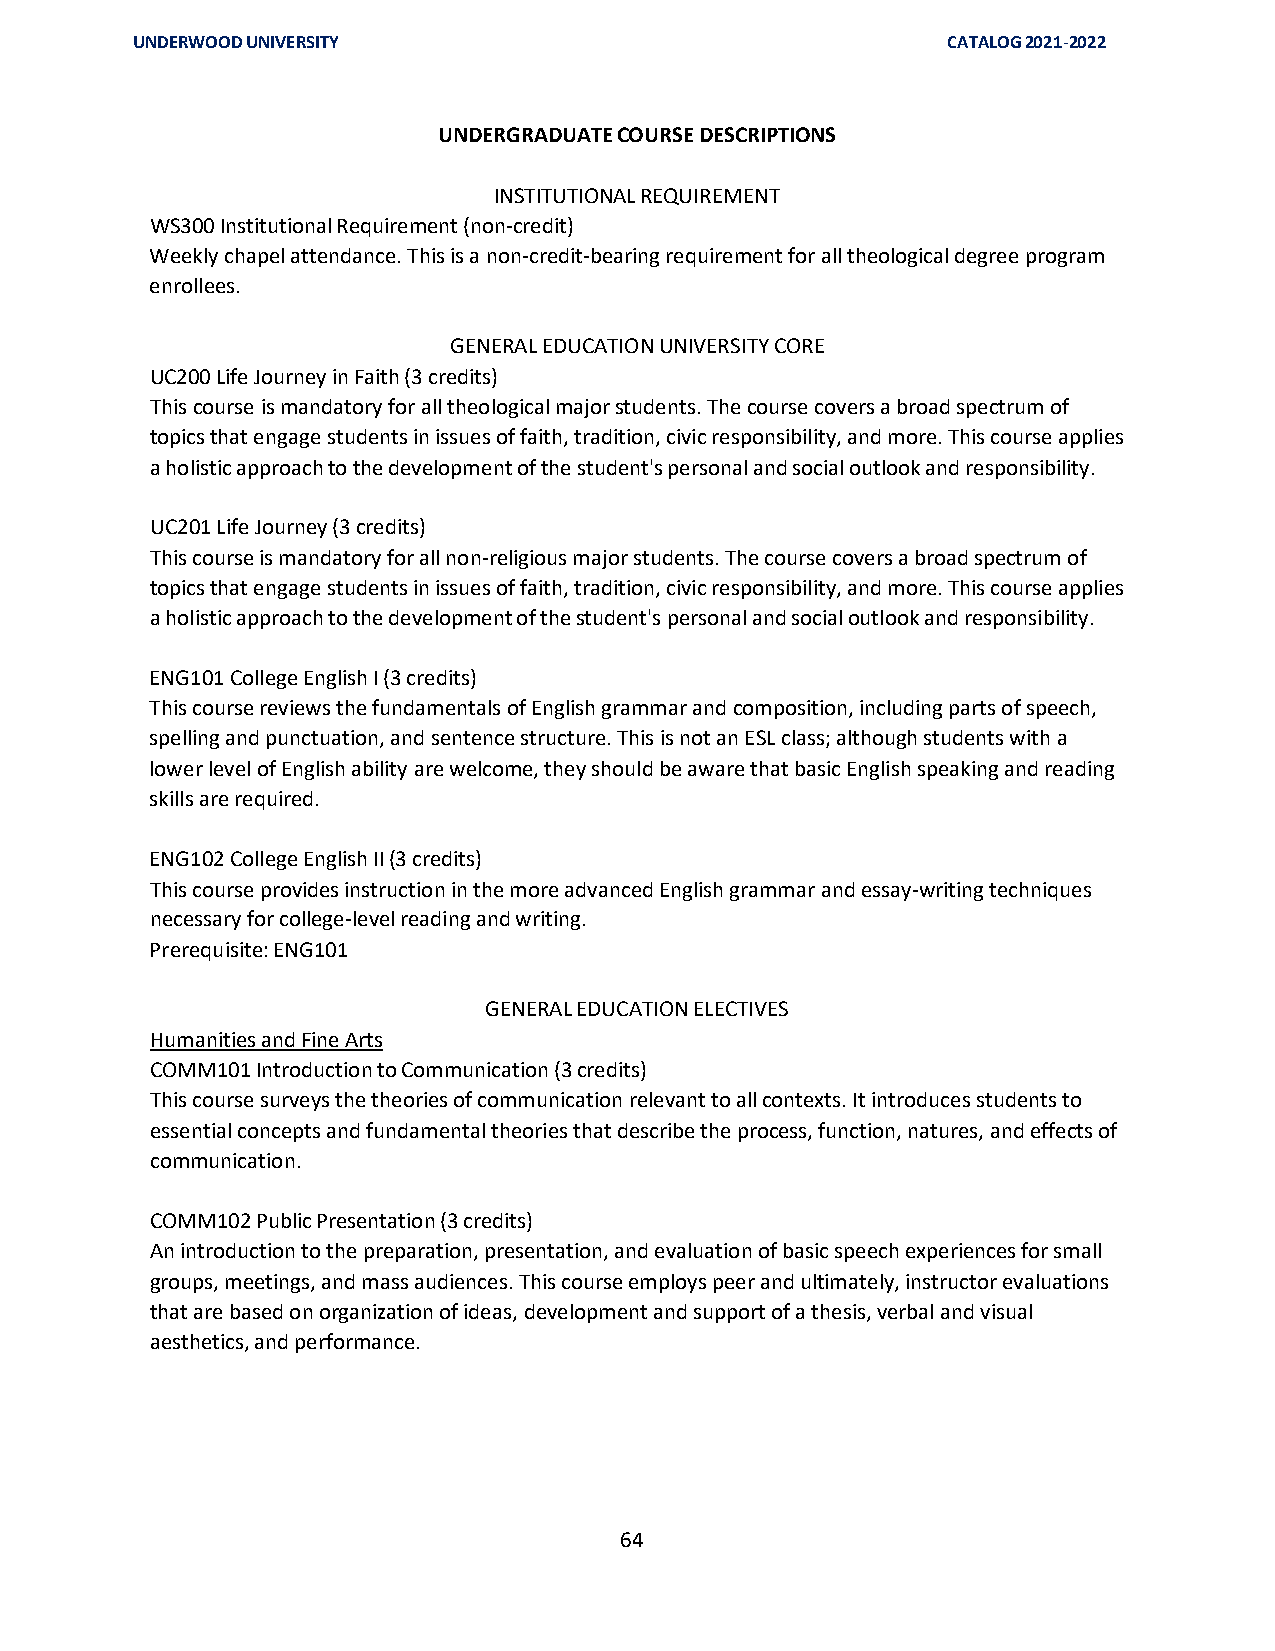
UNDERWOOD UNIVERSITY                                  CATALOG 2021-2022
 UNDERGRADUATE COURSE DESCRIPTIONS
 INSTITUTIONAL REQUIREMENT
 WS300 Institutional Requirement (non-credit)
 Weekly chapel attendance. This is a non-credit-bearing requirement for all theological degree program
 enrollees.
 GENERAL EDUCATION UNIVERSITY CORE
 UC200 Life Journey in Faith (3 credits)
 This course is mandatory for all theological major students. The course covers a broad spectrum of
 topics that engage students in issues of faith, tradition, civic responsibility, and more. This course applies
 a holistic approach to the development of the student's personal and social outlook and responsibility.
 UC201 Life Journey (3 credits)
 This course is mandatory for all non-religious major students. The course covers a broad spectrum of
 topics that engage students in issues of faith, tradition, civic responsibility, and more. This course applies
 a holistic approach to the development of the student's personal and social outlook and responsibility.
 ENG101 College English I (3 credits)
 This course reviews the fundamentals of English grammar and composition, including parts of speech,
 spelling and punctuation, and sentence structure. This is not an ESL class; although students with a
 lower level of English ability are welcome, they should be aware that basic English speaking and reading
 skills are required.
 ENG102 College English II (3 credits)
 This course provides instruction in the more advanced English grammar and essay-writing techniques
 necessary for college-level reading and writing.
 Prerequisite: ENG101
 GENERAL EDUCATION ELECTIVES
 Humanities and Fine Arts
 COMM101 Introduction to Communication (3 credits)
 This course surveys the theories of communication relevant to all contexts. It introduces students to
 essential concepts and fundamental theories that describe the process, function, natures, and effects of
 communication.
 COMM102 Public Presentation (3 credits)
 An introduction to the preparation, presentation, and evaluation of basic speech experiences for small
 groups, meetings, and mass audiences. This course employs peer and ultimately, instructor evaluations
 that are based on organization of ideas, development and support of a thesis, verbal and visual
 aesthetics, and performance.
 64